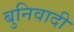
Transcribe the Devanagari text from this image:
बुनिवादी